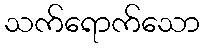
သက်ရောက်သော